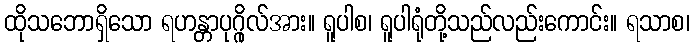
ထိုသဘောရှိသော ရဟန္တာပုဂ္ဂိုလ်အား။ ရူပါစ၊ ရူပါရုံတို့သည်လည်းကောင်း။ ရသာစ၊